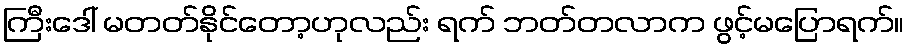
ကြီးဒေါ် မတတ်နိုင်တော့ဟုလည်း ရက် ဘတ်တလာက ဖွင့်မပြောရက်။